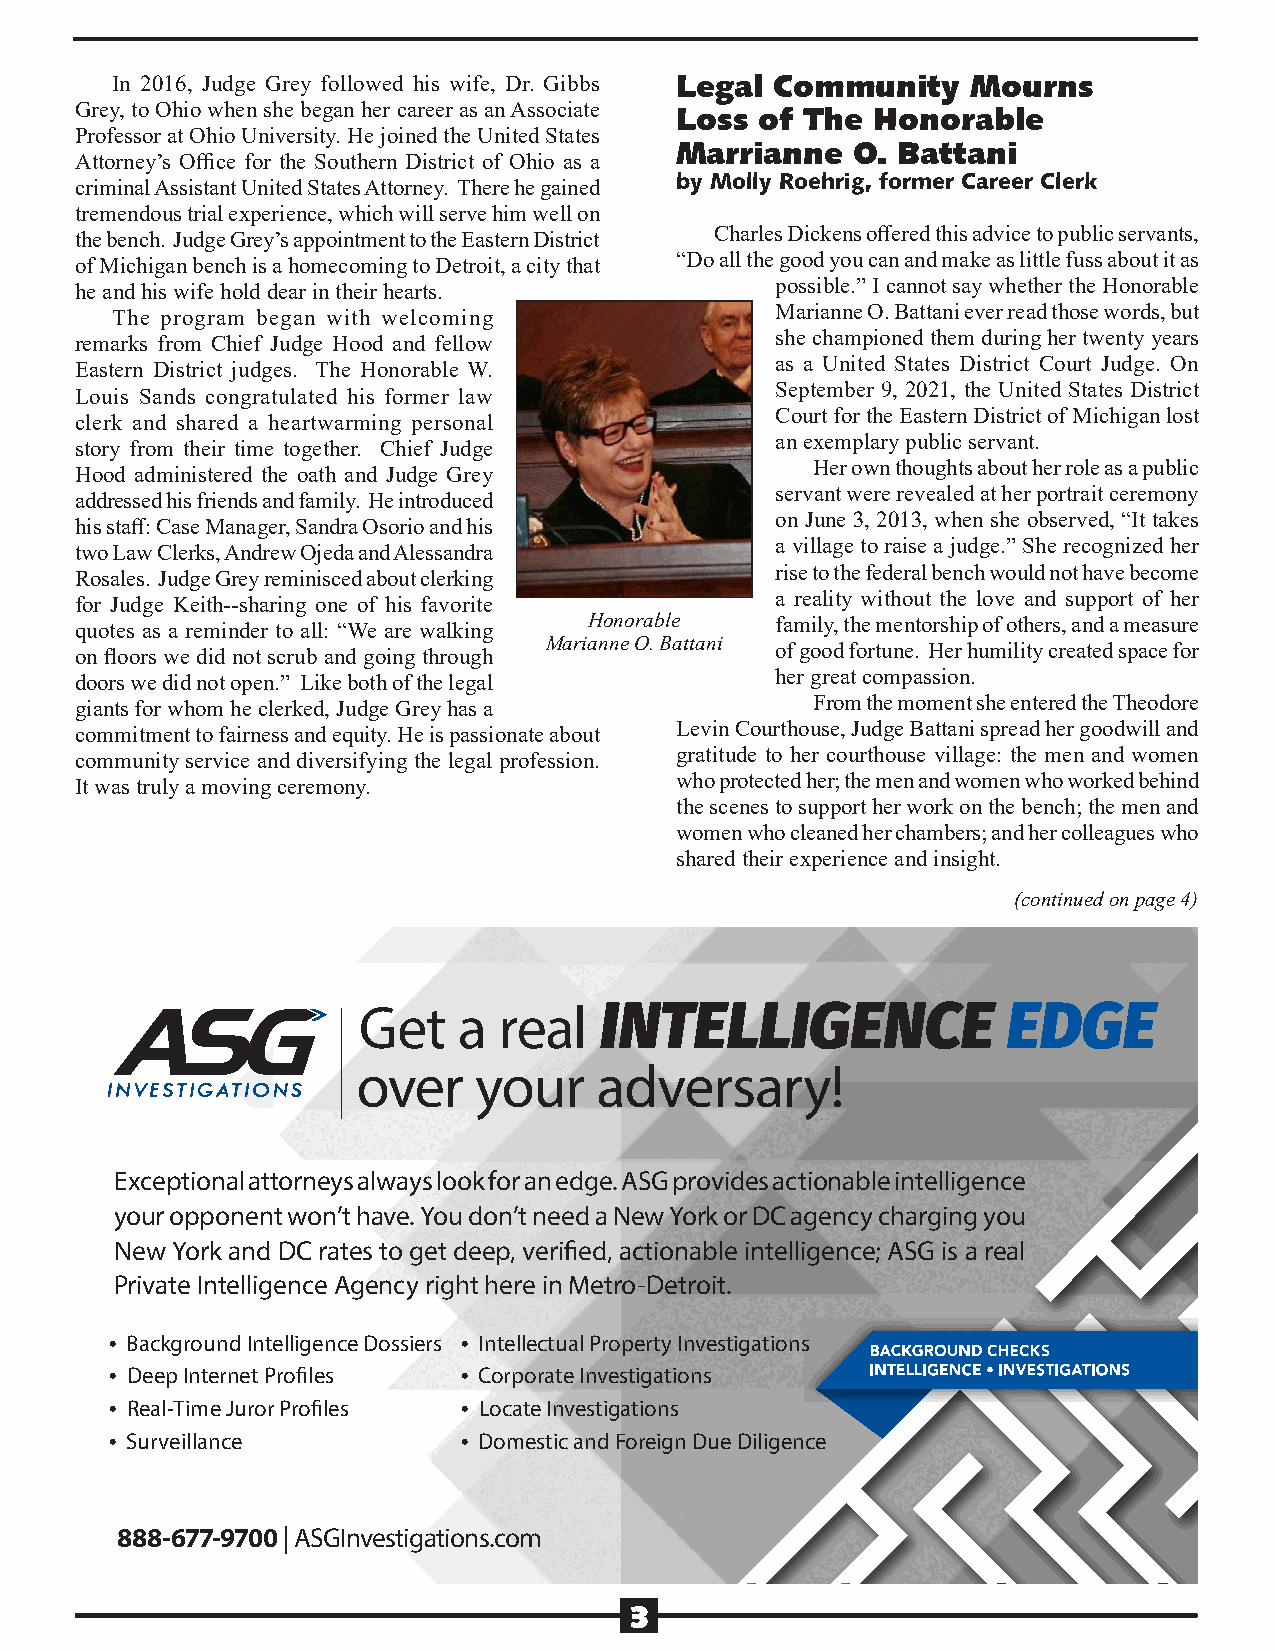
In 2016, Judge Grey followed his wife, Dr. Gibbs Legal Community Mourns
 Grey, to Ohio when she began her career as an Associate Loss of The Honorable
 Professor at Ohio University. He joined the United States
 Marrianne   O. Battani
 Attorney’s Office for the Southern District of Ohio as a
 by Molly Roehrig, former Career Clerk
 criminal Assistant United States Attorney. There he gained
 tremendous trial experience, which will serve him well on
 Charles Dickens offered this advice to public servants,
 the bench. Judge Grey’s appointment to the Eastern District
 “Do all the good you can and make as little fuss about it as
 of Michigan bench is a homecoming to Detroit, a city that
 possible.” I cannot say whether the Honorable
 he and his wife hold dear in their hearts.
 Marianne O. Battani ever read those words, but
 The program began with welcoming
 she championed them during her twenty years
 remarks from Chief Judge Hood and fellow
 as a United States District Court Judge. On
 Eastern District judges. The Honorable W.
 September 9, 2021, the United States District
 Louis Sands congratulated his former law
 Court for the Eastern District of Michigan lost
 clerk and shared a heartwarming personal
 an exemplary public servant.
 story from their time together. Chief Judge
 Her own thoughts about her role as a public
 Hood administered the oath and Judge Grey
 servant were revealed at her portrait ceremony
 addressed his friends and family. He introduced
 on June 3, 2013, when she observed, “It takes
 his staff: Case Manager, Sandra Osorio and his
 a village to raise a judge.” She recognized her
 two Law Clerks, Andrew Ojeda and Alessandra
 rise to the federal bench would not have become
 Rosales. Judge Grey reminisced about clerking
 a reality without the love and support of her
 for Judge Keith--sharing one of his favorite
 Honorable   family, the mentorship of others, and a measure
 quotes as a reminder to all: “We are walking
 Marianne O. Battani of good fortune. Her humility created space for
 on floors we did not scrub and going through
 her great compassion.
 doors we did not open.” Like both of the legal
 From the moment she entered the Theodore
 giants for whom he clerked, Judge Grey has a
 Levin Courthouse, Judge Battani spread her goodwill and
 commitment to fairness and equity. He is passionate about
 gratitude to her courthouse village: the men and women
 community service and diversifying the legal profession.
 who protected her; the men and women who worked behind
 It was truly a moving ceremony.
 the scenes to support her work on the bench; the men and
 women who cleaned her chambers; and her colleagues who
 shared their experience and insight.
 (continued on page 4)
 Get   a  real   INTELLIGENCE               EDGE
 over   your    adversary!
 Exceptional attorneys always look for an edge. ASG provides actionable intelligence
 your opponent won’t have. You don’t need a New York or DC agency charging you
 New York and DC rates to get deep, verified, actionable intelligence; ASG is a real
 Private Intelligence Agency right here in Metro-Detroit.
 • Background Intelligence Dossiers • Intellectual Property Investigations
 • Deep Internet Profiles • Corporate Investigations
 • Real-Time Juror Profiles • Locate Investigations
 • Surveillance          • Domestic and Foreign Due Diligence
 888-677-9700 | ASGInvestigations.com
 3